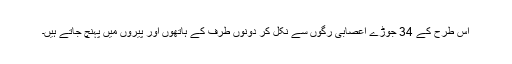
اس طرح کے 34 جوڑے اعصابی رگوں سے نکل کر دونوں طرف کے ہاتھوں اور پیروں میں پہنچ جاتے ہیں۔